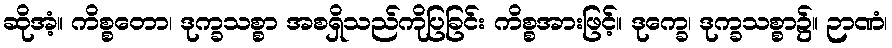
ဆိုအံ့။ ကိစ္စတော၊ ဒုက္ခသစ္စာ အစရှိသည်ကိုပြခြင်း ကိစ္စအားဖြင့်။ ဒုက္ခေ၊ ဒုက္ခသစ္စာ၌။ ဉာဏံ၊